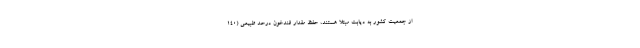
از جمعیت کشور به دیابت مبتلا هستند، حفظ مقدار قندخون درحد طبیعی (۱۴۰